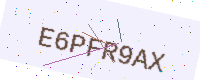
Text: E6PFR9AX